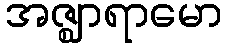
အဇ္ဈာရာမော